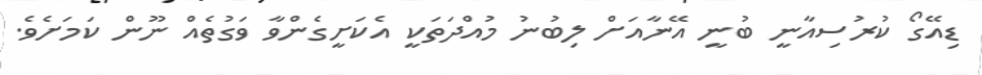
ޑިއޭގޯ ކުރުސިއާނީ ބުނީ އޭނާއަށް ލިބުނު މުއްދަތަކީ އެކަށީގެންވާ ވަގުތެއް ނޫން ކަމަށެވެ.